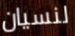
لنسيان